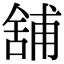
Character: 舖